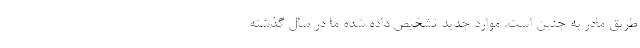
طریق مادر به جنین است. موارد جدید تشخیص داده شده‌ ما در سال گذشته